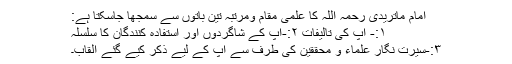
امام ماتریدی رحمہ اللہ کا علمی مقام ومرتبہ تین باتوں سے سمجھا جاسکتا ہے:
۱:- آپ کی تالیفات ۲:-آپ کے شاگردوں اور استفادہ کنندگان کا سلسلہ
۳:-سیرت نگار علماء و محققین کی طرف سے آپ کے لیے ذکر کیے گئے القاب۔